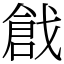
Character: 戧